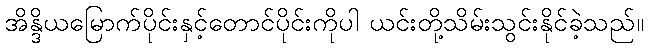
အိန္ဒိယမြောက်ပိုင်းနှင့်တောင်ပိုင်းကိုပါ ယင်းတို့သိမ်းသွင်းနိုင်ခဲ့သည်။